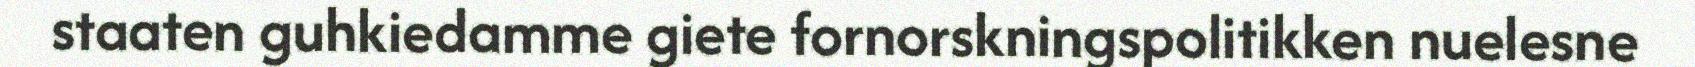
staaten guhkiedamme giete fornorskningspolitikken nuelesne